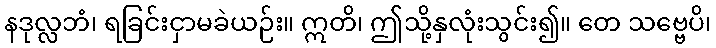
နဒုလ္လဘံ၊ ရခြင်းငှာမခဲယဉ်း။ ဣတိ၊ ဤသို့နှလုံးသွင်း၍။ တေ သဗ္ဗေပိ၊